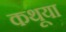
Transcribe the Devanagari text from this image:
कथूया